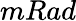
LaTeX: mRad